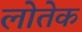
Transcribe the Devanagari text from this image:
लोतेक